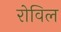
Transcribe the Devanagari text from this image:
रोविल